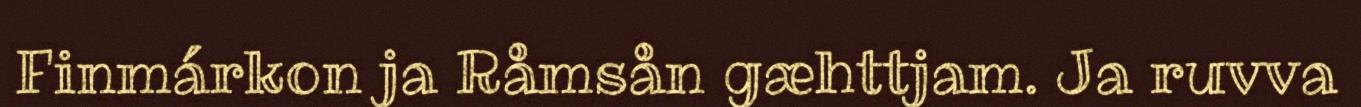
Finmárkon ja Råmsån gæhttjam. Ja ruvva